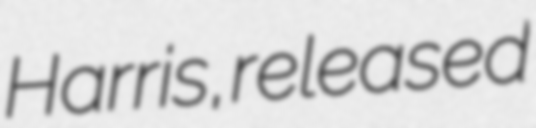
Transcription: Harris, released